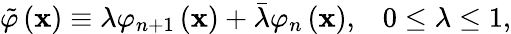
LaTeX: \tilde{\varphi}\left(\mathbf{x}\right)\equiv\lambda\varphi_{n+1}\left(\mathbf{x}\right)+\bar{\lambda}\varphi_{n}\left(\mathbf{x}\right),\; \; \; 0\leq\lambda\leq 1,